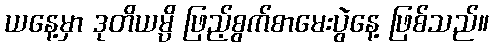
ယနေ့မှာ ဒုတိယမ္ပိ ဖြည့်စွက်စာမေးပွဲနေ့ ဖြစ်သည်။